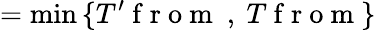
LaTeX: =\operatorname*{min}{\{ T^{\prime}\mathrm{~f~r~o~m~}\ ,\ T\mathrm{~f~r~o~m~}\} }